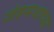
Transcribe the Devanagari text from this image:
जेष्ठमधाच्या